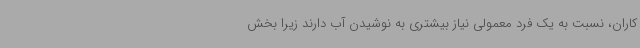
کاران، نسبت به یک فرد معمولی نیاز بیشتری به نوشیدن آب دارند زیرا بخش